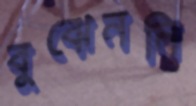
বুঝেননি